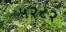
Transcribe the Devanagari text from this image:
५२८२